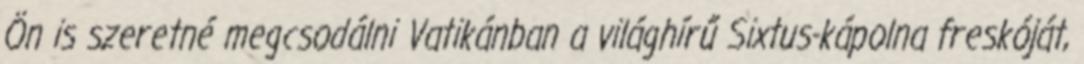
Ön is szeretné megcsodálni Vatikánban a világhírű Sixtus-kápolna freskóját,